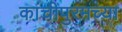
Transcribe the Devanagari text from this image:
कांचीपुरमच्या